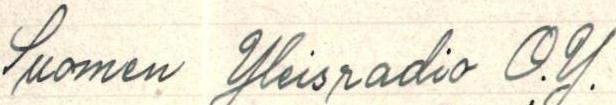
Suomen Yleisradio O.Y.